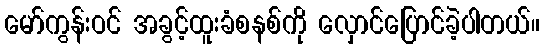
မော်ကွန်းဝင် အခွင့်ထူးခံစနစ်ကို လှောင်ပြောင်ခဲ့ပါတယ်။